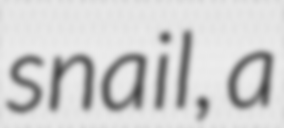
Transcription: snail, a